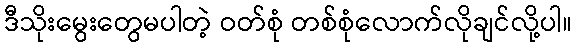
ဒီသိုးမွေးတွေမပါတဲ့ ဝတ်စုံ တစ်စုံလောက်လိုချင်လို့ပါ။